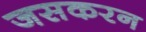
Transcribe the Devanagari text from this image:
जसकरन